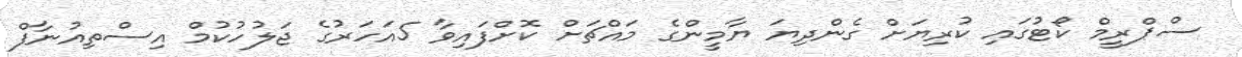
ސްޕްރީމް ކޯޓުގައި ކުރިޔަށް ގެންދިޔަ ޔާމީންގެ މައްޗަށް ކޮށްފައިވާ 5އަހަރުގެ ޖަލުހުކުމް އިސްތިއުނާފް